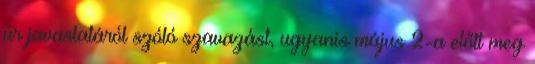
úr javaslatáról szóló szavazást, ugyanis május 2-a előtt meg